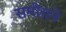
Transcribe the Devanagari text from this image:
समीराने